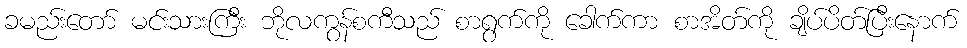
ခမည်းတော် မင်းသားကြီး ဘိုလကွန်စကီသည် စာရွက်ကို ခေါက်ကာ စာအိတ်ကို ချိပ်ပိတ်ပြီးနောက်